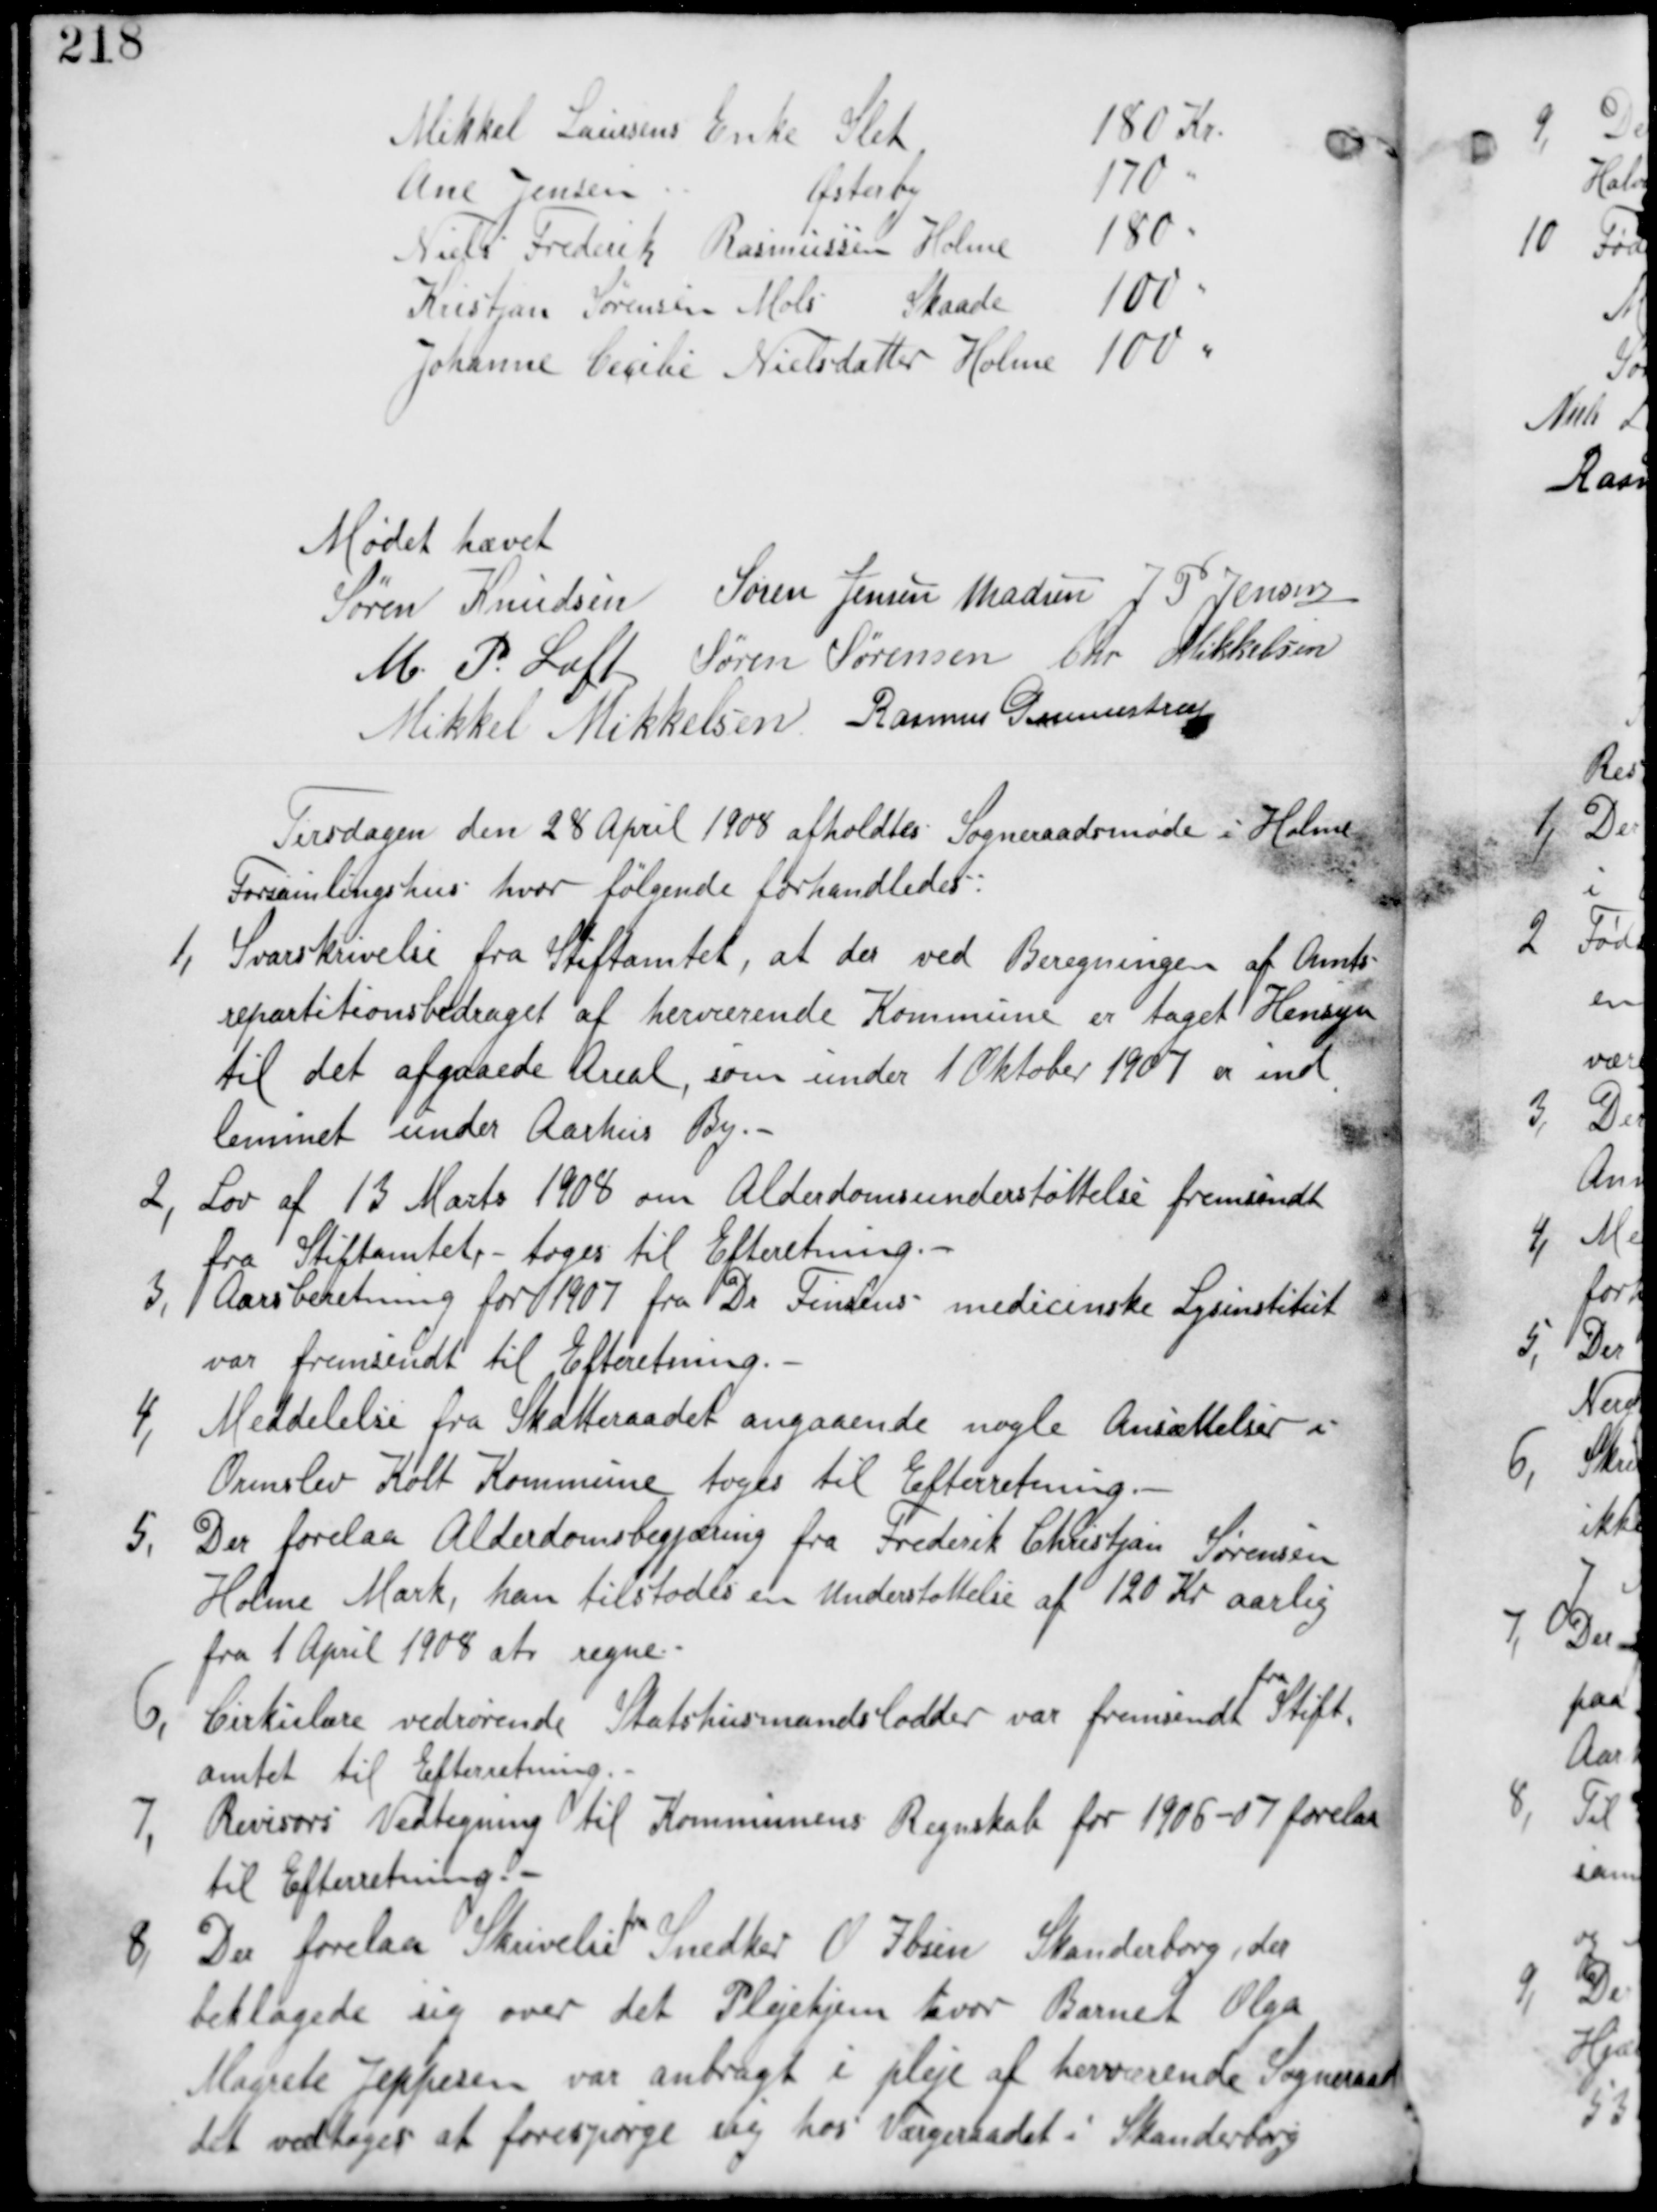
Transskription:
Mikkel Laursens Enke Slet 180 Kr
Ane Jensen Østeby 170 "
Niels Frederik Rasmussen 180 "
Kristjan Sørensen Mols Skaade 100 "
Johanne Cecilie Nielsdatter Holme 100 "

Mødet hævet
Søren Knudsen Søren Jensen Madsen J P Jensen
M P Loft Søren Sørensen Chr Mikkelsen
Mikkel Mikkelsen Rasmus Gunnestrup

Fredagen den 28 April 1908 afholdtes Sogneraadsmøde i Holme
Forsamlingshus hvor følgende forhandledes:

1, Svarskrivelse fra Stiftamtet, at der ved Beregningen af Amts-
repartitionsbidraget af herværende Kommune er taget Hensyn
til det afgaaede Areal, som under 1 Oktober 1907 er ind
lemmet under Aarhus By.-

2, Lov af 13 Marts 1908 om Alderdomsunderstøttelse fremsendt
fra Stiftamtet - tages til Efterretning.-

3, Aarsberetning for 1907 fra Dr Finsens medicinske Lysinstitut
var fremsendt til Efterretning.-

Meddelelse fra Skatteraadet angaaende nogle Ansættelser i
Ormslev Kolt Kommune tages til Efterretning.-

5, Der forelaa Alderdomsbegjæring fra Frederik Christjan Sørensen
Holme Mark, han tilstodes en Understøttelse af 120 Kr Aarlig
fra 1 April 1908 at regne.

6, Cirkulære vedrørende Statshusmandslodder var fremsendt
fra
Stift
amtet til Efterretning

7, Revisors Vedtegning til Kommunens Regnskab for 1906-07 forelaa
til Efterretning

8, Der forelaa Skrivelse
fra
Snedker O Ibsen Skanderborg, der
beklagede sig over det Plejehjem hvor Barnet Olga
Magrete Jeppesen var anbragt i pleje af herværende Sogneraad
det vedtages at forespørge sig hos Værgeraadet i Skanderborg.